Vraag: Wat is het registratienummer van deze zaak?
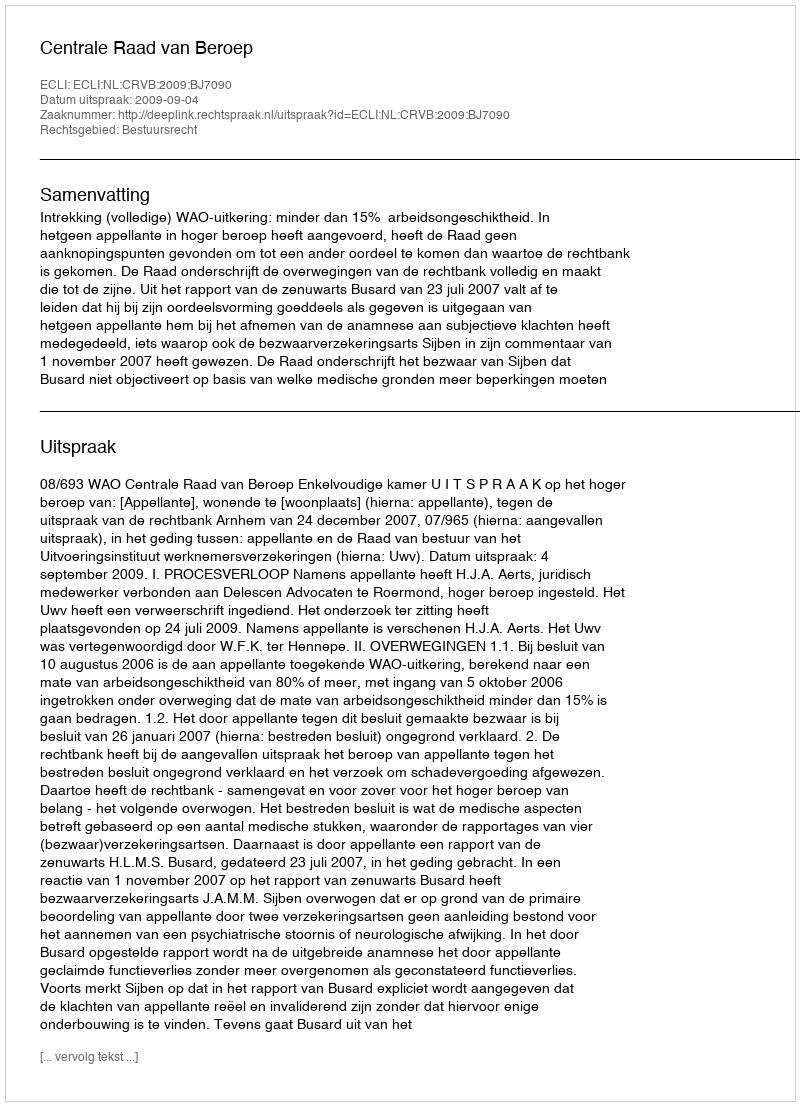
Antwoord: http://deeplink.rechtspraak.nl/uitspraak?id=ECLI:NL:CRVB:2009:BJ7090